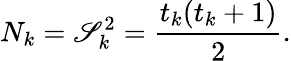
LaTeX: N_{k}=\mathscr{S}_{k}^{2}={\frac{{t_{k}(t_{k}+1)}}{{2}}}.